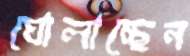
ঘোলাচ্ছেন